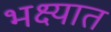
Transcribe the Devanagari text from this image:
भक्ष्यात